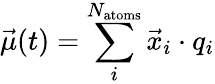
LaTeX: \vec{\mu}(t)=\sum_{i}^{N_{\mathrm{atoms}}}\vec{x}_{i}\cdot q_{i}